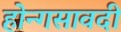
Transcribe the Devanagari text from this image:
होन्गसावदी